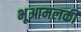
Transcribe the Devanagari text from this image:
भूआमलकी